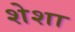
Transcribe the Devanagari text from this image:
शेशा